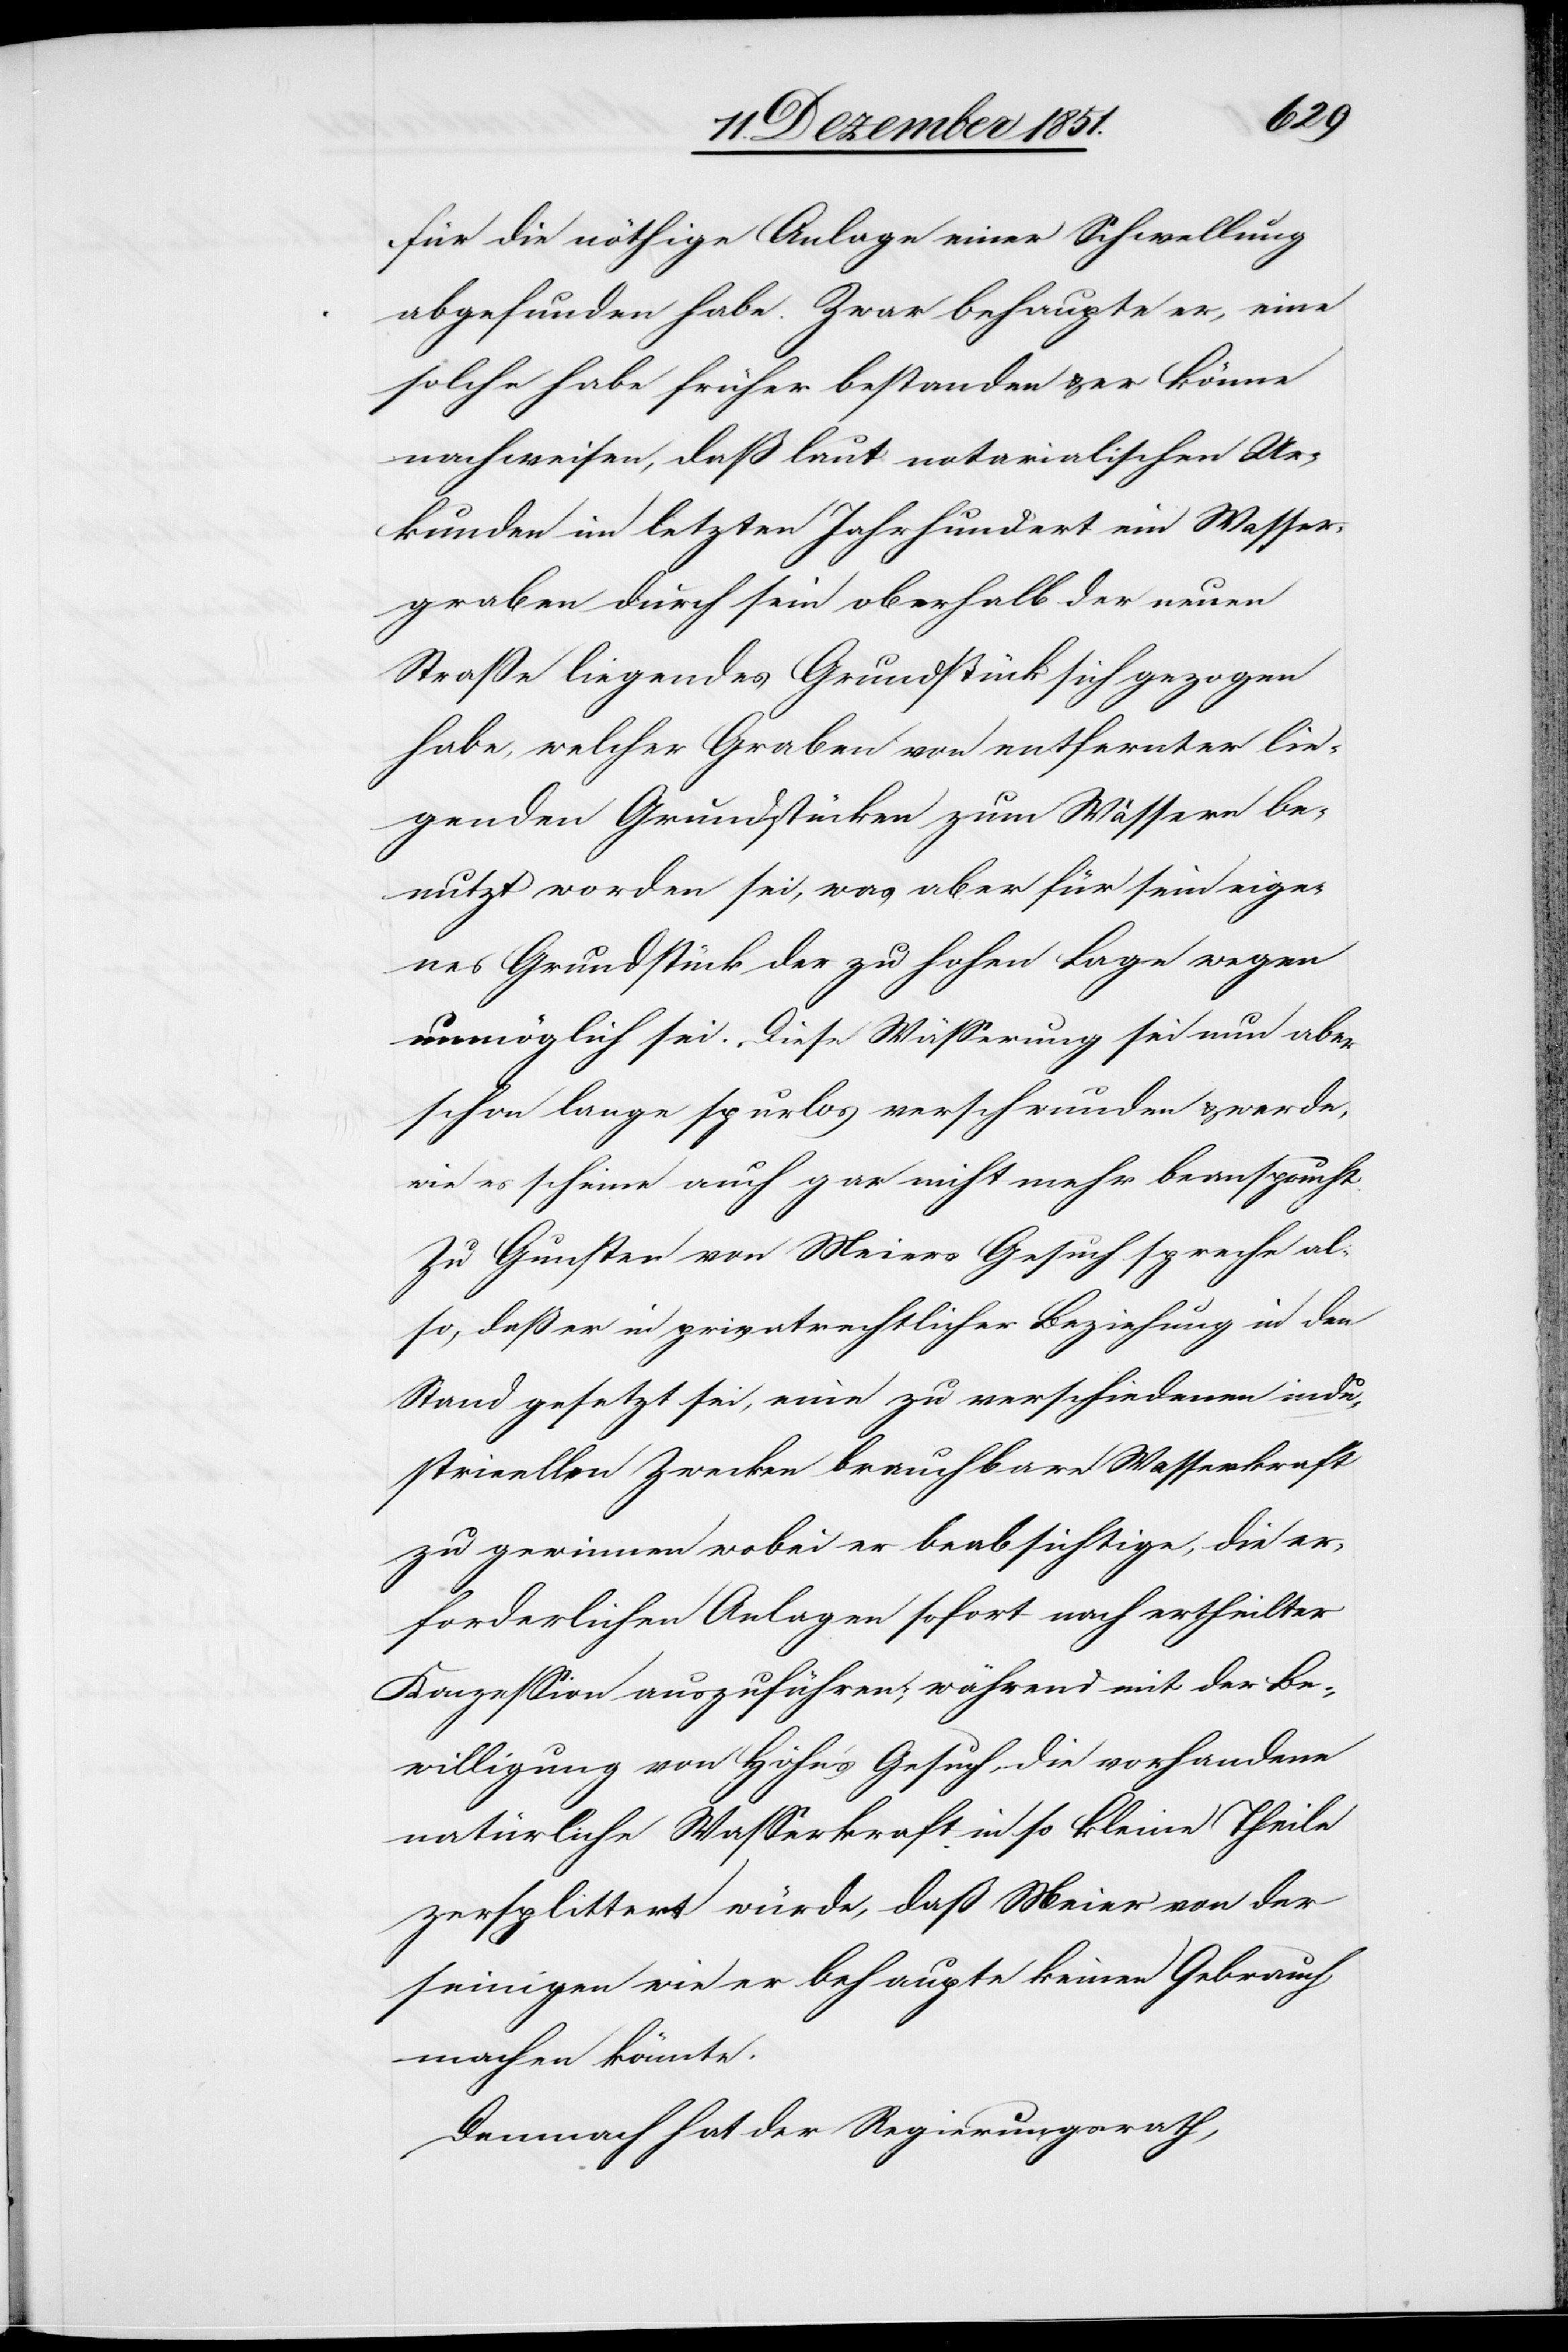
für die nöthige Anlage einer Schwellung
abgefunden habe. Zwar behaupte er, eine
solche habe früher bestanden & er könne
nachweisen, daß laut notarialischen Ur¬
kunden im letzten Jahrhundert ein Wasser¬
graben durch sein oberhalb der neuen
Straße liegendes Grundstück sich gezogen
habe, welcher Graben von entfernter lie¬
genden Grundstücken zum Wässern be¬
nutzt worden sei, was aber für sein eige¬
nes Grundstück der zu hohen Lage wegen
unmöglich sei. Diese Wässerung sei nun aber
schon lange spurlos verschwunden & werde,
wie es scheine auch gar nicht mehr beansprucht.
Zu Gunsten von Meiers Gesuch spreche al¬
so, daß er in privatrechtlicher Beziehung in den
Stand gesetzt sei, eine zu verschiedenen indu¬
strieellen [sic!] Zwecken brauchbare Wasserkraft
zu gewinnen wobei er beabsichtige, die er¬
forderlichen Anlagen sofort nach ertheilter
Konzession auszuführen; während mit der Be¬
willigung von Höhn’s Gesuch, die vorhandene
natürliche Wasserkraft in so kleine Theile
zersplittert würde, daß Meier von der
seinigen wie er behaupte keinen Gebrauch
machen könnte.
Demnach hat der Regierungsrath,